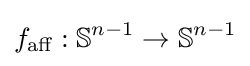
f_{\text{aff}}:\mathbb {S} ^{n-1}\to \mathbb {S} ^{n-1}